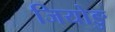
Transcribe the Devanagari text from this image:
जियोङु